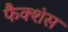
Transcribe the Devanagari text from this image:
फैक्शंस